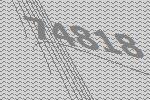
74818